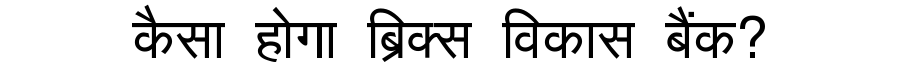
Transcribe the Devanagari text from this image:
कैसा होगा ब्रिक्स विकास बैंक?